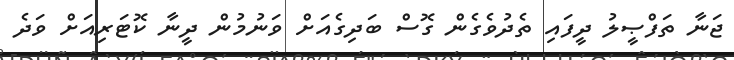
ޖަނާ ތަފްޞީލު ދީފައި ތެދުވެގެން ގޮސް ބަދިގެއަށް ވަނުމުން ދީނާ ކޮޓަރިއަށް ވަދެ